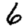
Digit: 6